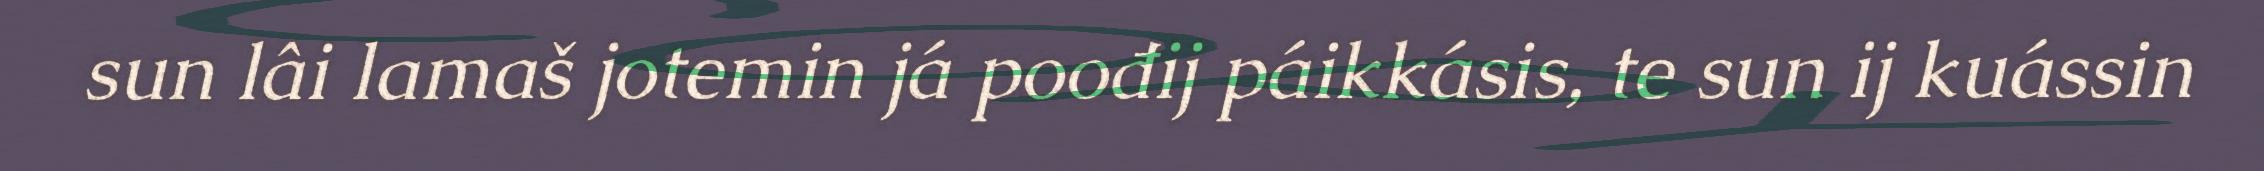
sun lâi lamaš jotemin já poođij páikkásis, te sun ij kuássin